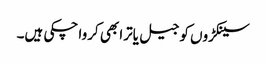
سینکڑوں کو جیل یاترا بھی کروا چکی ہیں۔